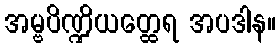
အမ္ဗပိဏ္ဍိယတ္ထေရ အပဒါန။